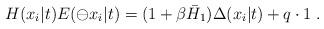
LaTeX: \begin{align*}H(x_i|t)E(\ominus x_i|t)=(1+\beta \bar{H}_{1})\Delta (x_i|t)+q\cdot 1\;. \end{align*}